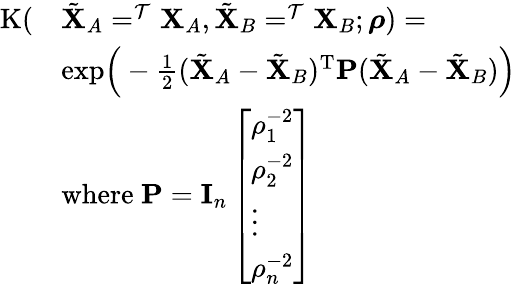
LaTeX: \begin{array}{rl}{\mathrm{K}(}&{\tilde{\mathbf{X}}_{A}=^{\mathcal{T}}\mathbf{X}_{A},\tilde{\mathbf{X}}_{B}=^{\mathcal{T}}\mathbf{X}_{B};\boldsymbol{\rho})=}\\ &{\mathrm{exp}\Big(-\frac{1}{2}(\tilde{\mathbf{X}}_{A}-\tilde{\mathbf{X}}_{B})^{\mathrm{T}}\mathbf{P}(\tilde{\mathbf{X}}_{A}-\tilde{\mathbf{X}}_{B})\Big)}\\ &{\mathrm{where}\ \mathbf{P}=\mathbf{I}_{n}\left[\begin{array}{l}{\rho_{1}^{-2}}\\ {\rho_{2}^{-2}}\\ {\vdots}\\ {\rho_{n}^{-2}}\end{array}\right]}\end{array}